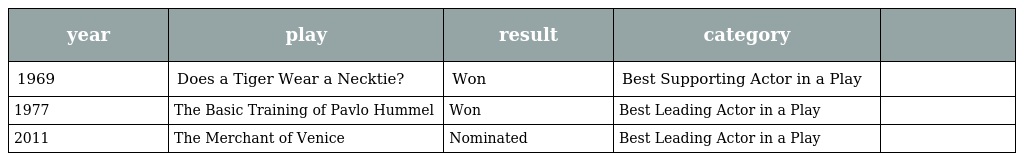
| year | play | result | category |  |
 | --- | --- | --- | --- | --- |
 | 1969 | Does a Tiger Wear a Necktie? | Won | Best Supporting Actor in a Play |  |
 | 1977 | The Basic Training of Pavlo Hummel | Won | Best Leading Actor in a Play |  |
 | 2011 | The Merchant of Venice | Nominated | Best Leading Actor in a Play |  |